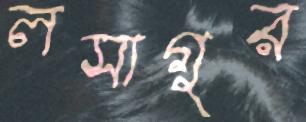
লসাগুর